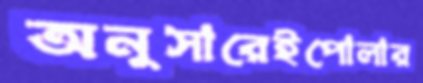
অনুসারেইপোলার